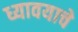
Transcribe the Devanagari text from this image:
ध्यावयाचे